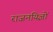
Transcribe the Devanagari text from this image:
राजनयिज्ञों